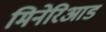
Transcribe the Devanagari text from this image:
मिनेरिआड